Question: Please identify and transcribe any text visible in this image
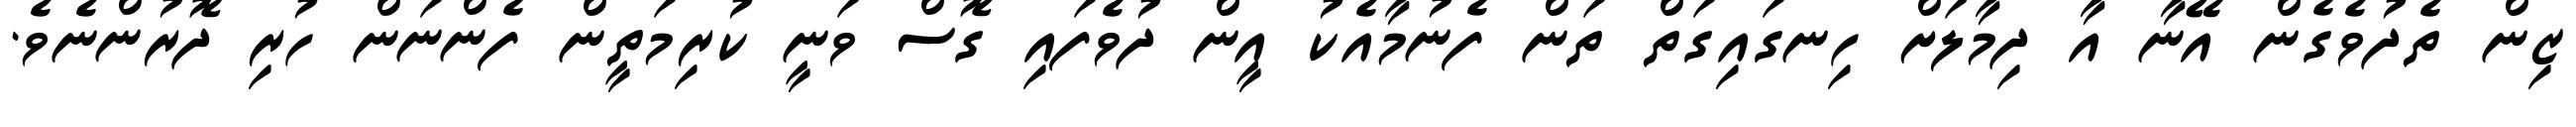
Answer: ޒިން ތެދުވެގެން އޭނާ އާ ދިމާލަށް ހިނގައިގަތް ތަން ފެނުމާއެކު އީން ދުވެފައި ގޮސް ވަނީ ކުރިމަތީން ފެންނަން ހުރި ދޮރުންނެވެ.